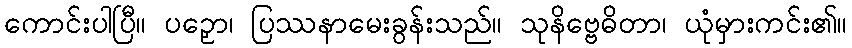
ကောင်းပါပြီ။ ပဉှော၊ ပြဿနာမေးခွန်းသည်။ သုနိဗ္ဗေဓိတာ၊ ယုံမှားကင်း၏။